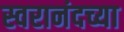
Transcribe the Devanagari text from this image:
स्वरानंदच्या